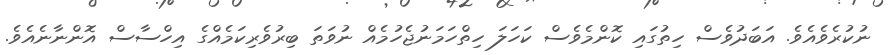
ނުކުރެވެއެވެ. އަބަދުވެސް ހިތުގައި ކޮންމެވެސް ކަހަލަ ހިތްހަމަނުޖެހުމެއް ނުވަތަ ބިރުވެރިކަމެއްގެ އިހްސާސް އޮންނާނެއެވެ.